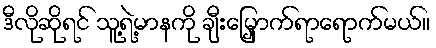
ဒီလိုဆိုရင် သူ့ရဲ့မာနကို ချီးမြှောက်ရာရောက်မယ်။